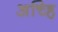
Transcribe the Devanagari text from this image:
अच्हि